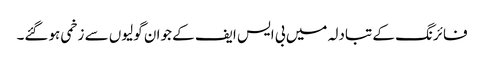
فائرنگ کے تبادلہ میں بی ایس ایف کے جوان گولیوں سے زخمی ہوگئے۔